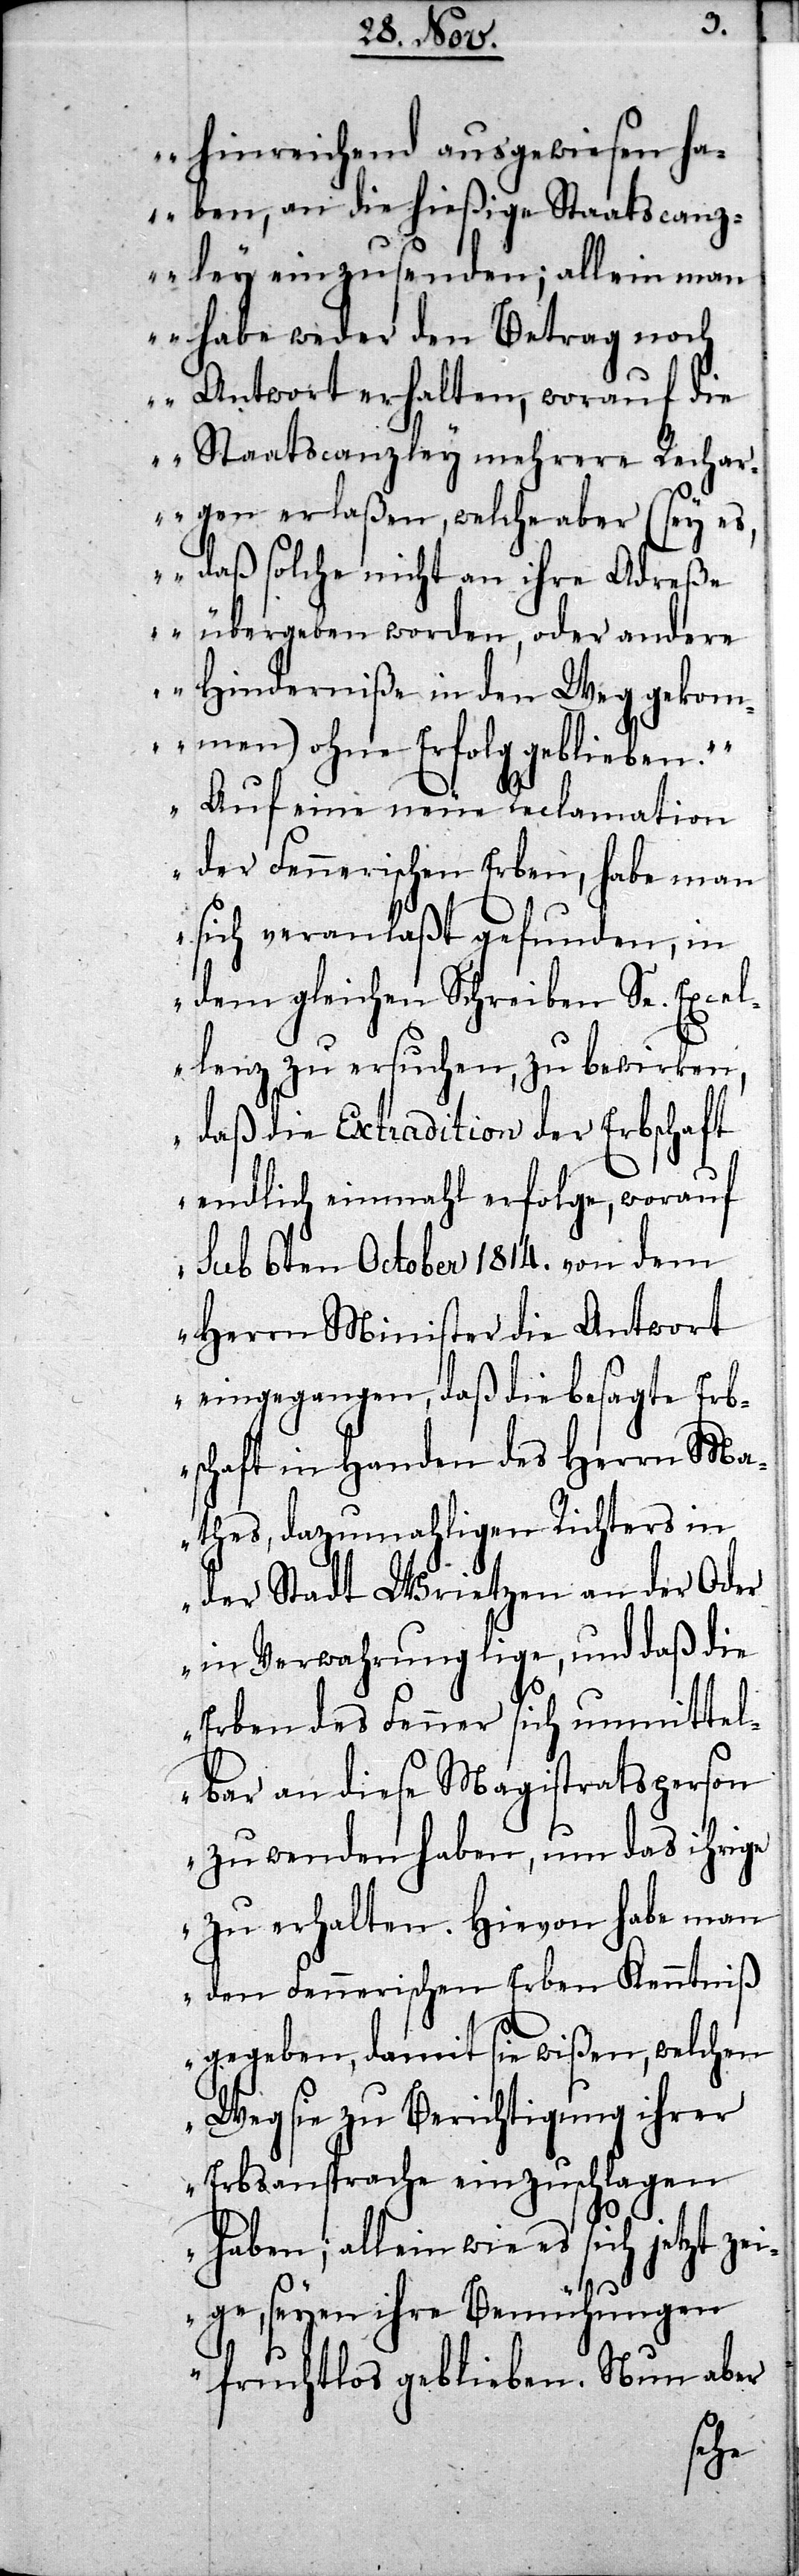
hinreichend ausgewiesen ha¬
ben, an die hießige Staatscanz¬
ley einzusenden; allein man
habe weder den Betrag noch
Antwort erhalten, worauf die
Staatscanzley mehrere Rechar¬
gen erlaßen, welche aber (sey es,
daß solche nicht an ihre Adreße
übergeben worden, oder andere
Hinderniße in den Weg gekom¬
men) ohne Erfolg geblieben.“
Auf eine neue Reclamation
der Fennerischen Erben, habe man
sich veranlaßt gefunden, in
dem gleichen Schreiben Se. Excel¬
lenz zu ersuchen, zu bewirken,
daß die Extradition der Erbschaft
endlich einmahl erfolge, worauf
sub 6ten October 1814. von dem
Herrn Minister die Antwort
eingegangen, daß die besagte Erb¬
schaft in Handen des Herrn Ma¬
thes, dazumahligen Richters in
der Stadt Wrietzen an der Ode¬
r in Verwahrung lige, und daß die
Erben des Fenner sich unmittel¬
bar an diese Magistratsperson
zu wenden haben, um das ihrige
zu erhalten. Hievon habe man
den Fennerischen Erben Kenntniß
gegeben, damit sie wißen, welchen
Weg sie zu Berichtigung ihrer
Erbsansprache einzuschlagen
haben; allein wie es sich jetzt zei¬
ge, seyen ihre Bemühungen
fruchtlos geblieben. Nun aber